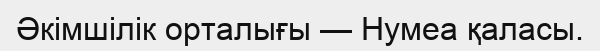
Әкімшілік орталығы — Нумеа қаласы.